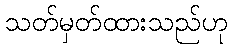
သတ်မှတ်ထားသည်ဟု